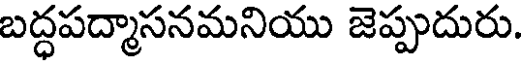
బద్ధపద్మాసనమనియు జెప్పుదురు.